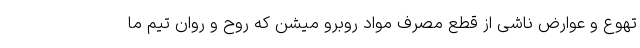
تهوع و عوارض ناشی از قطع مصرف مواد روبرو میشن که روح و روان تیم ما